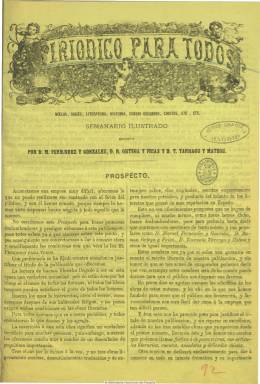
Título: El Periódico para todos
Colección: Semanarios de amenidades
Ámbito geográfico: Madrid
Lugar de publicación: Madrid
Fechas: 01/01/1872-11/02/1882

Semanario ilustrado que incluye “novelas, viajes, literatura, historia, causas celebres, etc.”, tal como aparece indicado en su cabecera, editado por Jesús Graciá y escrito, principalmente, por los novelistas Manuel Fernández González, Ramón Ortega y Frías y Torcuato Tárrago y Mateos, y que ha sido calificado como “periódico-novela”, al estar especializado en narraciones fragmentadas de este tipo, en cuyas páginas abundan lo cuentos fantásticos, y considerado como una “hirpertrofia” de las entregas y los folletines de los periódicos informativos de la época, y como una empresa encomendada a los folletinistas más ilustres del momento, a juicio de Leonardo Romero.

De características similares al francés Le Journal pour tous, que alcanza su auge durante el mismo periodo, y con el precio más barato de entre las publicaciones del mismo formato (un real), comienza a editarse el uno de enero de 1872, en entregas de 16 páginas y a tres columnas, y junto a las narraciones, leyendas, tradiciones, etc., introduce también contenidos de crítica literaria, geografía, estadística o artículos costumbristas, una sección dedicada a América, otras de variedades y teatros y la denominada festiva o de recreo, con anécdotas y “delicados” chistes, chascarrillos y charadas.

Suele publicar por número media docena de grabados, encabezando la portada uno de gran tamaño, de escenas y estampas (de caza, teatrales, alegóricas, etc.), tipos costumbristas (incluidos los americanos y africanos), así como retratos de personajes célebres de actualidad y dibujos cómicos y caricaturescos, que ilustran sus contenidos.

Textos de una gran nómina de literatos y publicistas aparecieron en la revista, entre los que se encuentran Pedro Escamilla, Rafael Altamira, Rafael de Aguilera, Pedro Antonio de Alarcón, Robustiana Armiño Cuesta, Joaquín de Ardilla, Emilio Castelar, Ramón de Campoamor, Alejandro Dumas, Víctor Hugo, Juan Martínez Villergas, Eduardo de Palacio, Javier Soravilla…

Su primera época va de 1872 a 1876; la segunda, de 1877 a 1879, y la tercera, 1880 a 1883, y en total la colección la forman doce tomos. Gisèle Cazottes publicó los índices y una introducción a este periódico en 1981.